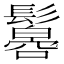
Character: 𩯠